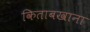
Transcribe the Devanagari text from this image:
किताबखाना